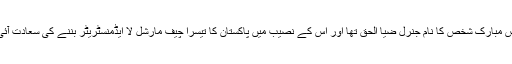
اس مبارک شخص کا نام جنرل ضیا الحق تھا اور اس کے نصیب میں پاکستان کا تیسرا چیف مارشل لا ایڈمنسٹریٹر بننے کی سعادت آئی۔